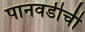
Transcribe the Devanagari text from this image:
पानवडीची